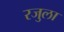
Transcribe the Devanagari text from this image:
रजुला